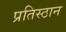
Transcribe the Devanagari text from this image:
प्रतिस्ठान